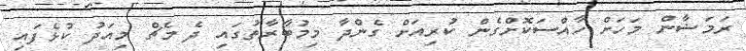
ރަމަޟާން މަހަށް ހާއްސަކޮށްގެން ކުރިއަށް ގެންދާ މިމުބާރާތުގައި ދެ މެޗް މިއަދު ކުޅެފައި